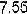
7.55